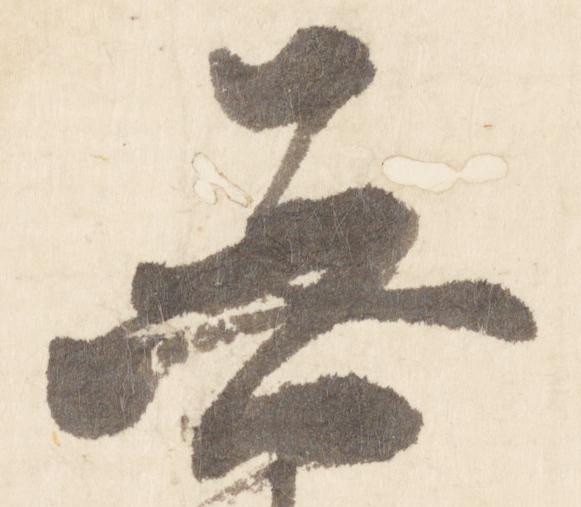
無